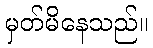
မှတ်မိနေသည်။